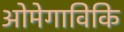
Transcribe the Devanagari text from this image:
ओमेगाविकि